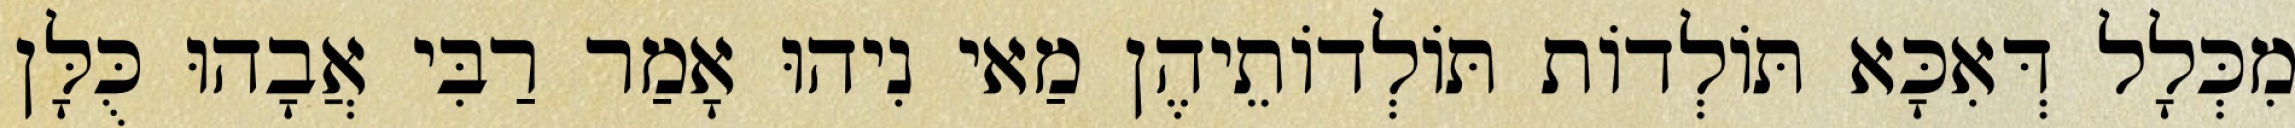
מִכְּלָל דְּאִכָּא תּוֹלְדוֹת תּוֹלְדוֹתֵיהֶן מַאי נִיהוּ אָמַר רַבִּי אֲבָהוּ כֻּלָּן